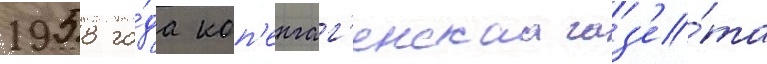
1958 го́да коп'енгаг'енскаа газ'е́та